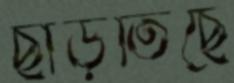
ছাড়তিছে